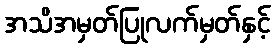
အသိအမှတ်ပြုလက်မှတ်နှင့်